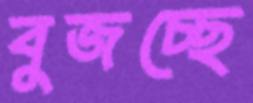
বুজচ্ছে